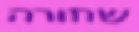
שחורה